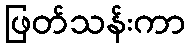
ဖြတ်သန်းကာ